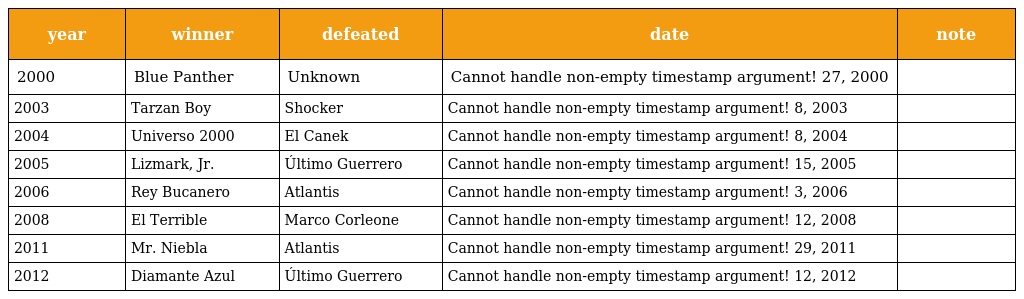
| year | winner | defeated | date | note |
 | --- | --- | --- | --- | --- |
 | 2000 | Blue Panther | Unknown | Cannot handle non-empty timestamp argument! 27, 2000 |  |
 | 2003 | Tarzan Boy | Shocker | Cannot handle non-empty timestamp argument! 8, 2003 |  |
 | 2004 | Universo 2000 | El Canek | Cannot handle non-empty timestamp argument! 8, 2004 |  |
 | 2005 | Lizmark, Jr. | Último Guerrero | Cannot handle non-empty timestamp argument! 15, 2005 |  |
 | 2006 | Rey Bucanero | Atlantis | Cannot handle non-empty timestamp argument! 3, 2006 |  |
 | 2008 | El Terrible | Marco Corleone | Cannot handle non-empty timestamp argument! 12, 2008 |  |
 | 2011 | Mr. Niebla | Atlantis | Cannot handle non-empty timestamp argument! 29, 2011 |  |
 | 2012 | Diamante Azul | Último Guerrero | Cannot handle non-empty timestamp argument! 12, 2012 |  |